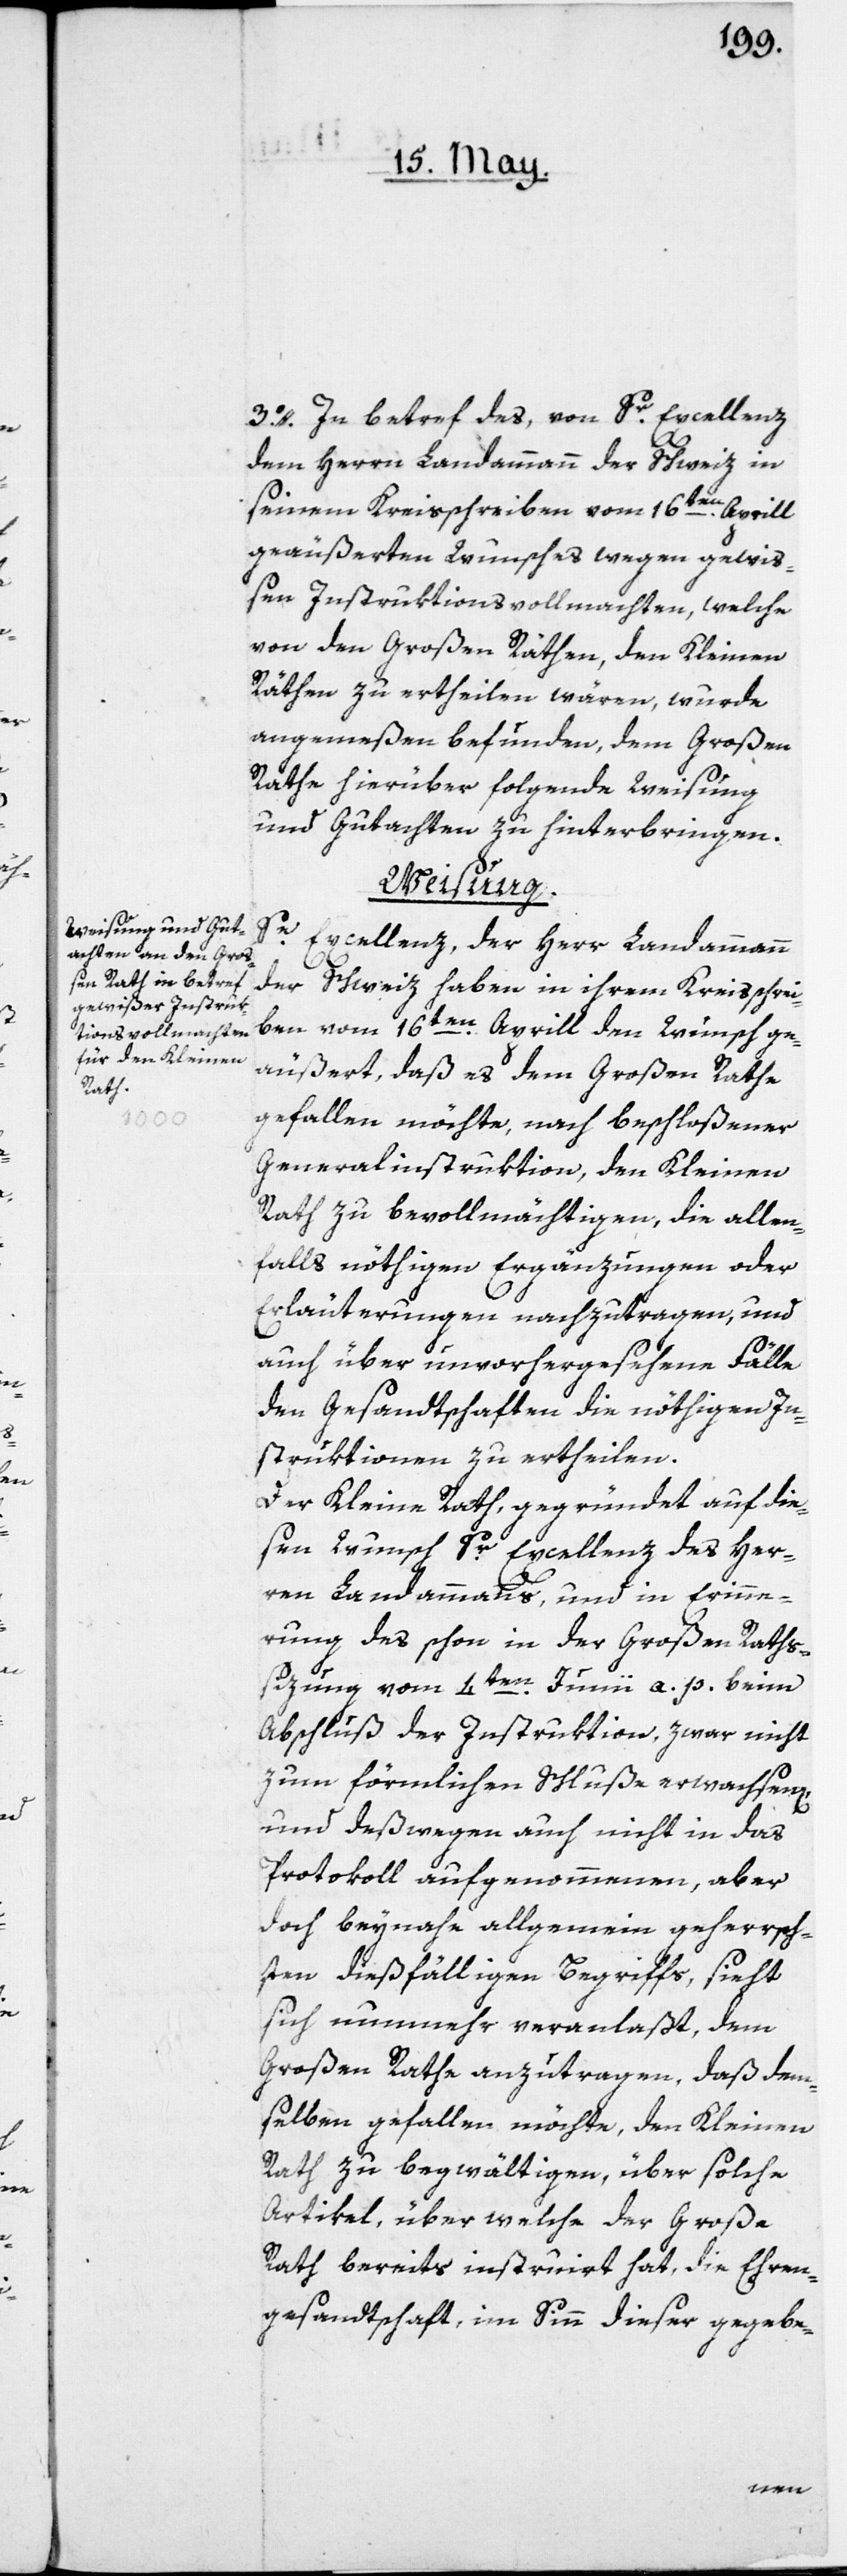
3o. In betref des, von Sr. Excellenz
dem Herrn Landammann der Schweiz in
seinem Kreisschreiben vom 16ten Aprill
geäußerten Wunsches wegen gewi¬
ßen Instruktionsvollmachten, welche
von den Großen Räthen, den Kleinen
Räthen zu ertheilen wären, wurde
angemeßen befunden, dem Großen
Rathe hierüber folgende Weisung
und Gutachten zu hinterbringen.
Weisung.
Excellenz der Herr Landammann
der
Schweiz haben in ihrem Kreisschrei¬
ben vom 16ten Aprill den Wunsch ge¬
äußert, daß es dem Großen Rathe
gefallen möchte, nach beschloßener
Generalinstruktion, den Kleinen
Rath zu bevollmächtigen, die allen¬
falls nöthigen Ergänzungen oder
Erläuterungen nachzutragen, und
auch über unvorhergesehene Fälle
den Gesandtschaften die nöthigen In¬
struktionen zu ertheilen.
Der Kleine Rath, gegründet auf die¬
sen Wunsch Sr Excellenz des Her¬
ren Landammanns, und in Erinne¬
rung des schon in der Großen Raths¬
sizung vom 4ten Junii a. p. beim
Abschluß der Instruktion, zwar nicht
zum förmlichen Schluße erwachsen,
und deßwegen auch nicht in das
Protokoll aufgenommenen, aber
doch beynahe allgemein geherrsch¬
ten dießfälligen Begriffs, sieht
sich nunmehr veranlaßt, dem
Großen Rathe anzutragen, daß dem¬
selben gefallen möchte, den Kleinen
Rath zu begwältigen, über solche
Artikel, über welche der Große
Rath bereits instruirt hat, die Ehren¬
gesandtschaft, im Sinn dieser gegebe-